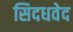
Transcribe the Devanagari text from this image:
सिदधवेद